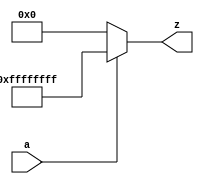
module C_sign_extended(a, z);
input a;
output reg [31:0] z;

always @(*) begin 
	if(a==1) begin
		 z = 32'b1111_1111_1111_1111_1111_1111_1111_1111;
	end else begin	
		z = 32'b0000_0000_0000_0000_0000_0000_0000_0000;
	end
end
endmodule